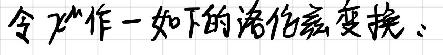
令 \(V^*\) 作一如下的线性变换：